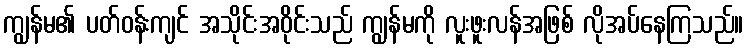
ကျွန်မ၏ ပတ်ဝန်းကျင် အသိုင်းအဝိုင်းသည် ကျွန်မကို လူးဖူးလန်အဖြစ် လိုအပ်နေကြသည်။